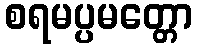
စရမပ္ပမတ္တော